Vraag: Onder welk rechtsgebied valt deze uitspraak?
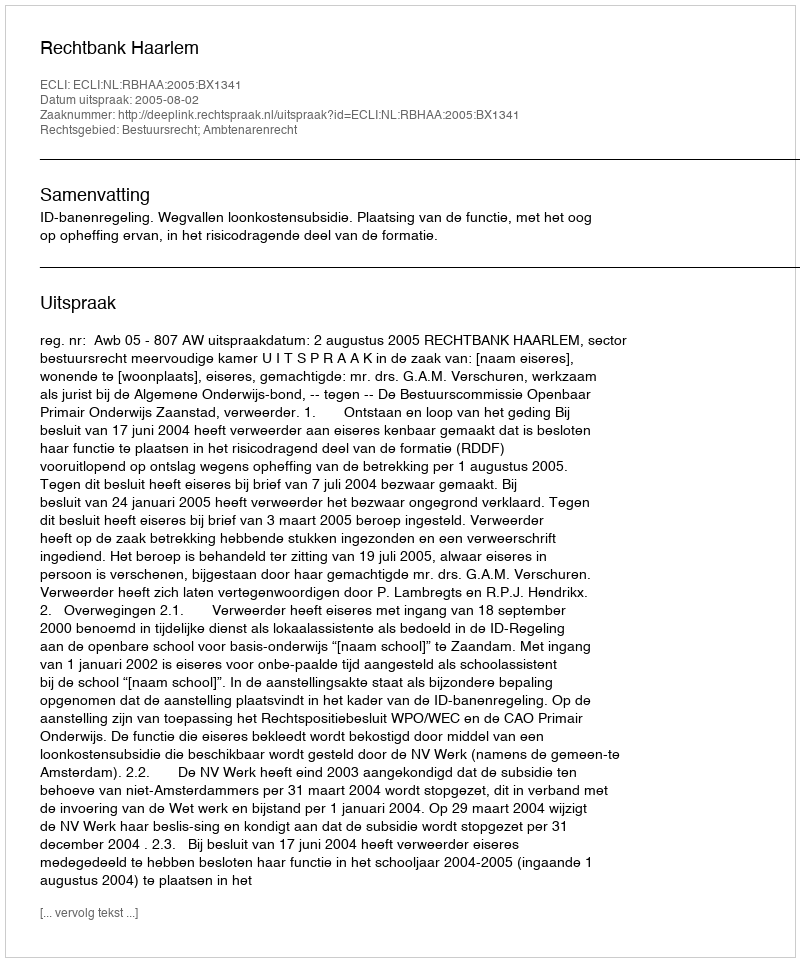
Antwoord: Bestuursrecht; Ambtenarenrecht